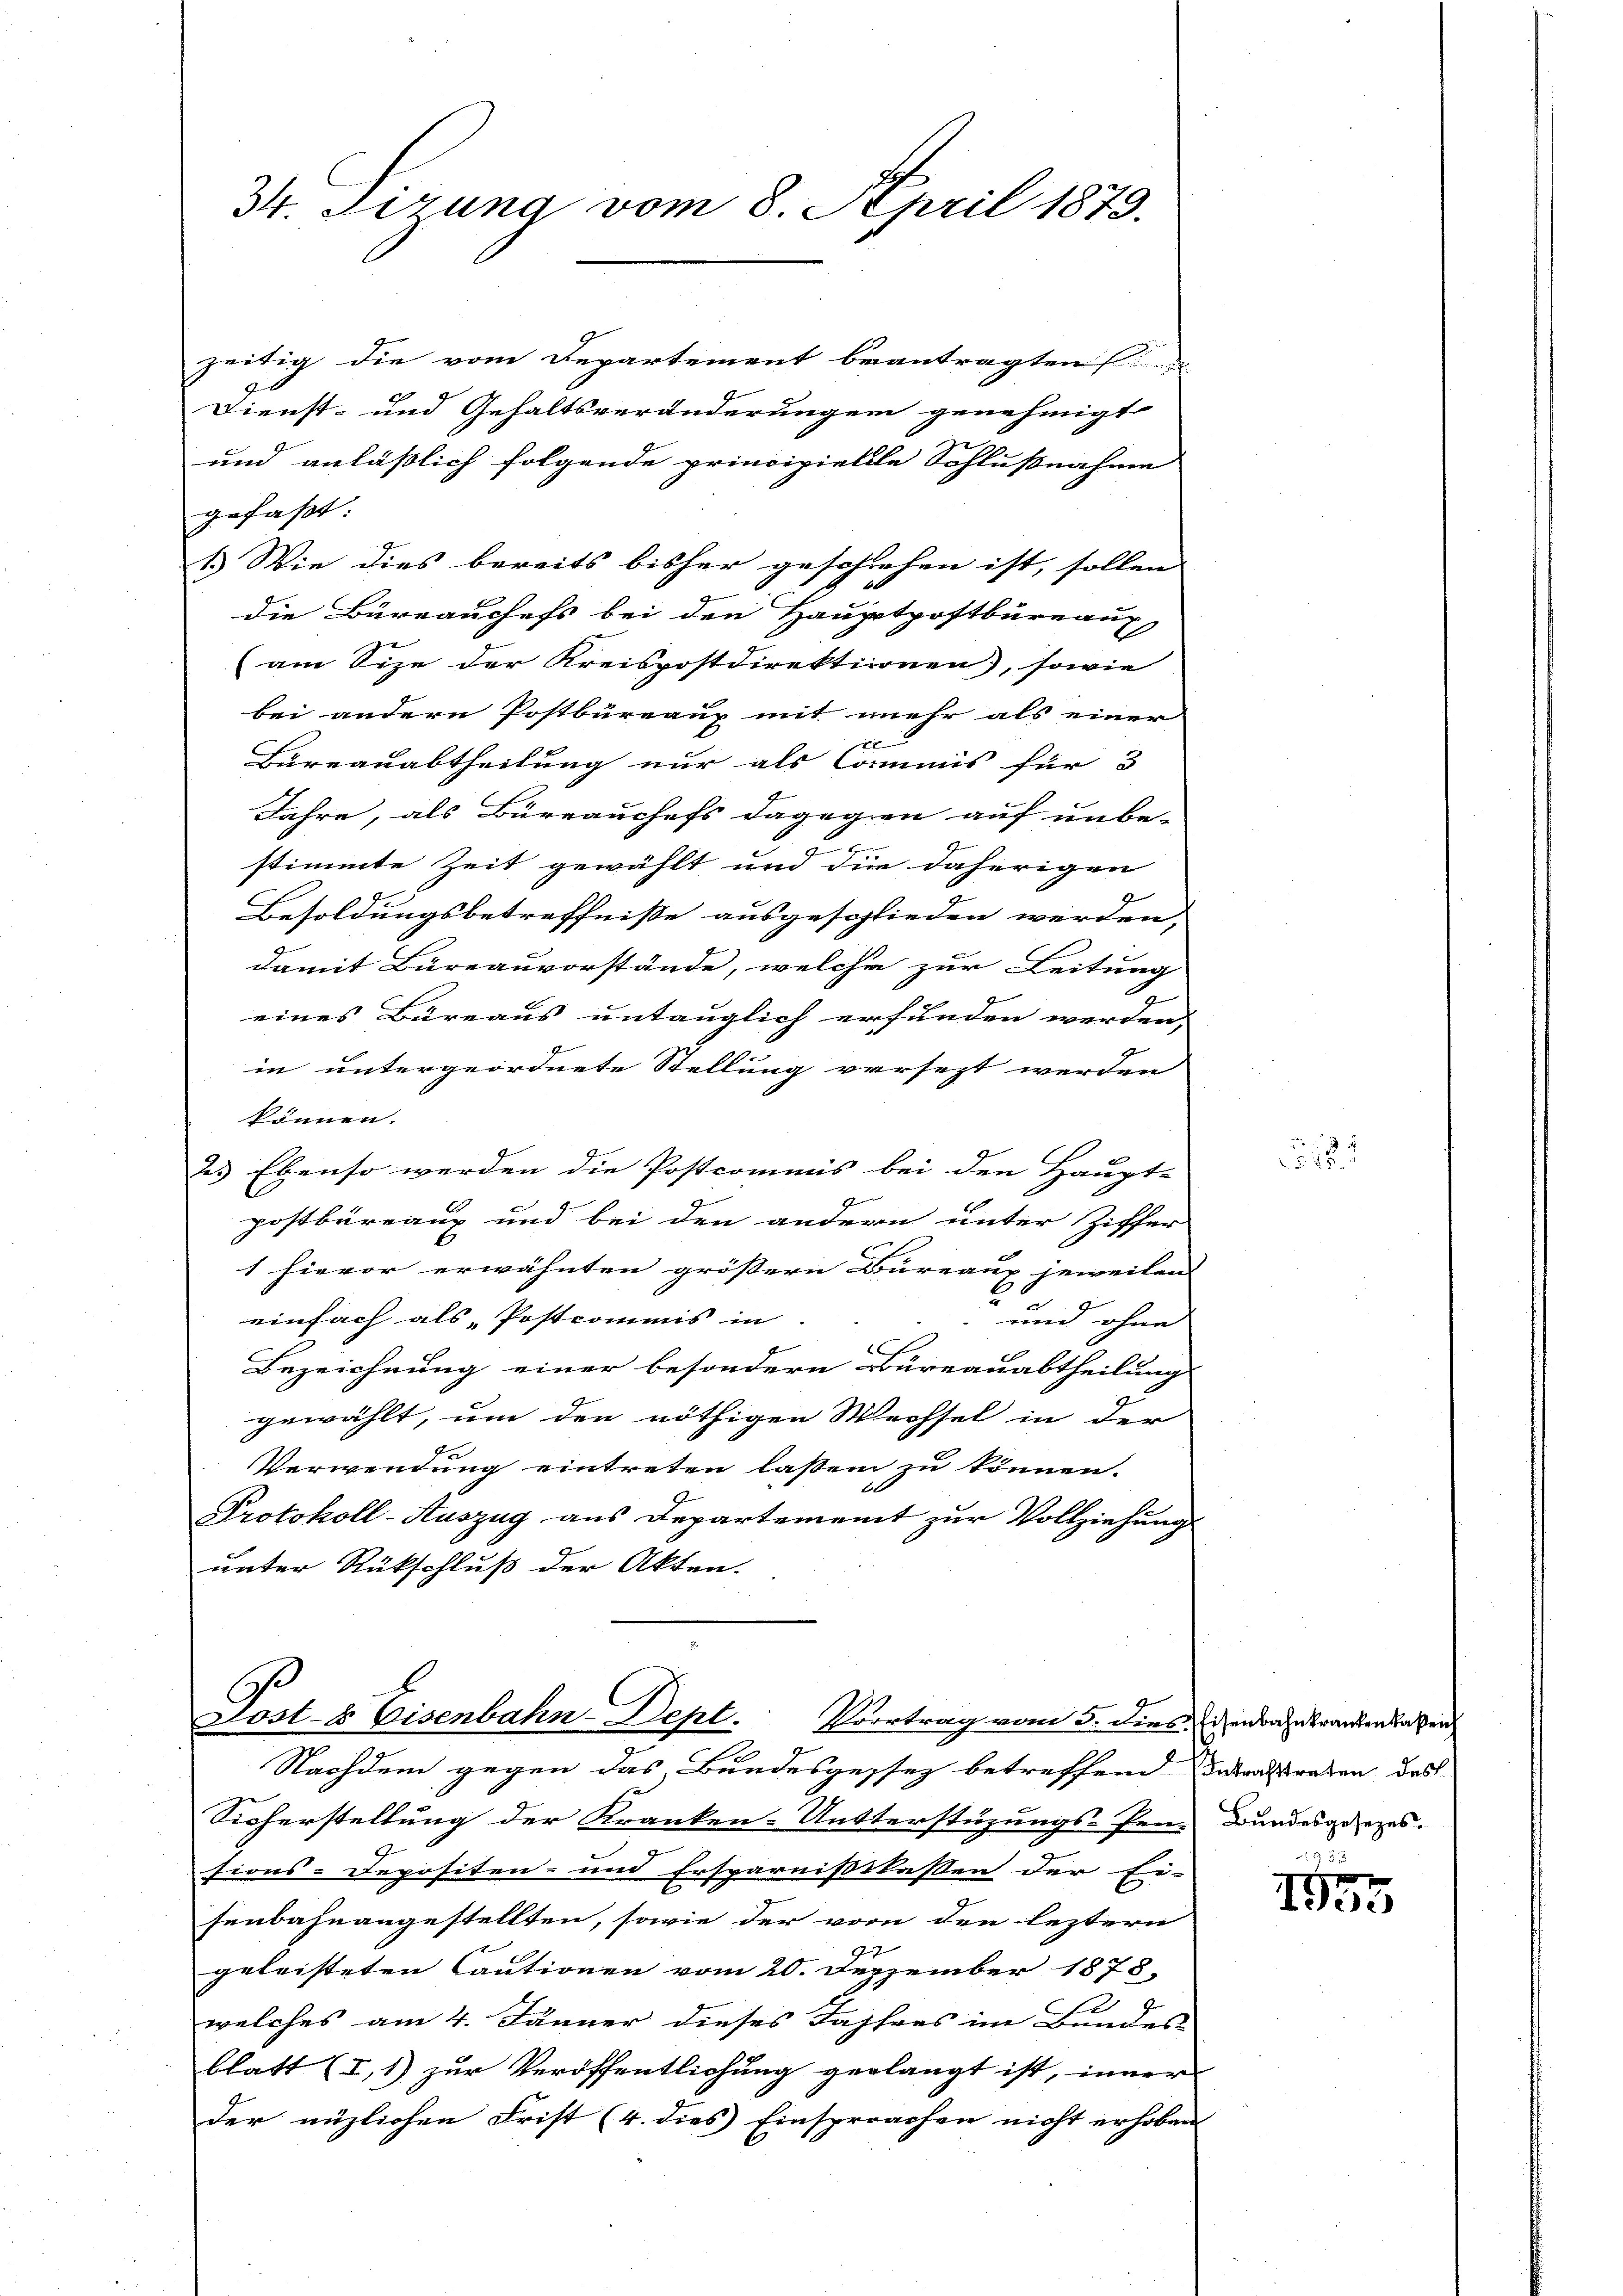
34. Sierung vom 8. April 1879.

zeitig die vom Departement beantragten
1
Dienst- und Gehaltsveränderungen genehmigt.
und anlässlich folgende principielle Schlußnahme
gefaßt:
1.) Wie dies bereits bisher geschiehen ist, sollen
die Büreaushefs bei den Hauptpostbureaux
(am Size der Kreispostdirektionen), sowie
bei andern Postbureaux mit mehr als einer
e
Bureauabtheilung nur als Commis für 3
Jahre, als Büreauchefs dagegen auf unbe-
2
stimmte Zeit gewählt und die daherigen
Besoldungsbetreffnisse ausgeschlieden werden,
damit Büreauvorstände, welche zur Leitung
eines Büreaus untauglich erfunden werden,
in untergeordnete Stellung versezt werden
können.
2. Ebenso werden die Postcommis bei den Haupt-
postbüreaux und bei den andern unter Ziffer
e
1 hievor erwähnten grössern Bureaus jeweilen |
0
einfach als Postcommis in
und ohne
Bezeichnung einer besondern Büreauabtheilungs
gewählt, um den nöthigen Wechsel in der
Verwendung eintreten laßen zu können.
2 x
Protokoll-Auszug aus Departement zur Vollziehung
unter Rückschluß der Akten.

4
Post- & Eisenbahn-Dept. Vortrag vom 5. dies (denbahnbranden lassen

Nachdem gegen das Bundesgessez betreffend Tabaktreten des
Sicherstellung der Kranken-Untterstüzungs-Pen-Bundesgesezes.
sions-Depositen- und Ersparnissklassen der Ei- |
senbahnangestellten, sowie der vor den leztern
geleisteten Cautionen vom 20. Dezember 1878.
welches am 4. Jänner dieses Jahres im Bundes
blatt (I,1) zur Veröffentlichung verlangt ist, inner
Der nüzlichen Frist (4. dies Einsprachen nicht erhoben

1859